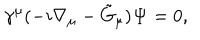
LaTeX: \gamma ^ { \mu } ( - i \nabla _ { \mu } - \tilde { G } _ { \mu } ) { \bf \Psi } = 0 ,